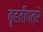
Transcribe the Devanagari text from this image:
बृहतीपत्रे